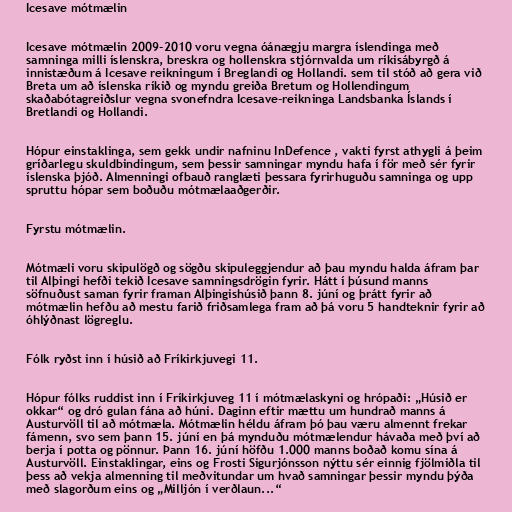
Icesave mótmælin

Icesave mótmælin 2009-2010 voru vegna óánægju margra íslendinga með
samninga milli íslenskra, breskra og hollenskra stjórnvalda um ríkisábyrgð á
innistæðum á Icesave reikningum í Breglandi og Hollandi. sem til stóð að gera við
Breta um að íslenska ríkið og myndu greiða Bretum og Hollendingum
skaðabótagreiðslur vegna svonefndra Icesave-reikninga Landsbanka Íslands í
Bretlandi og Hollandi.

Hópur einstaklinga, sem gekk undir nafninu InDefence , vakti fyrst athygli á þeim
gríðarlegu skuldbindingum, sem þessir samningar myndu hafa í för með sér fyrir
íslenska þjóð. Almenningi ofbauð ranglæti þessara fyrirhuguðu samninga og upp
spruttu hópar sem boðuðu mótmælaaðgerðir.

Fyrstu mótmælin.

Mótmæli voru skipulögð og sögðu skipuleggjendur að þau myndu halda áfram þar
til Alþingi hefði tekið Icesave samningsdrögin fyrir. Hátt í þúsund manns
söfnuðust saman fyrir framan Alþingishúsið þann 8. júní og þrátt fyrir að
mótmælin hefðu að mestu farið friðsamlega fram að þá voru 5 handteknir fyrir að
óhlýðnast lögreglu.

Fólk ryðst inn í húsið að Fríkirkjuvegi 11.

Hópur fólks ruddist inn í Fríkirkjuveg 11 í mótmælaskyni og hrópaði: „Húsið er
okkar“ og dró gulan fána að húni. Daginn eftir mættu um hundrað manns á
Austurvöll til að mótmæla. Mótmælin héldu áfram þó þau væru almennt frekar
fámenn, svo sem þann 15. júní en þá mynduðu mótmælendur hávaða með því að
berja í potta og pönnur. Þann 16. júní höfðu 1.000 manns boðað komu sína á
Austurvöll. Einstaklingar, eins og Frosti Sigurjónsson nýttu sér einnig fjölmiðla til
þess að vekja almenning til meðvitundar um hvað samningar þessir myndu þýða
með slagorðum eins og „Milljón í verðlaun...“